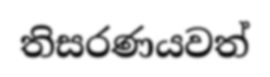
තිසරණයවත්